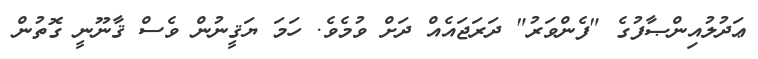
ޢަދުލުއިންޞާފުގެ "ފެންވަރު" ދަރަޖައެއް ދަށް ވުމެވެ. ހަމަ ޔަޤީނުން ވެސް ޤާނޫނީ ގޮތުން